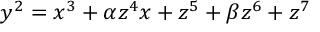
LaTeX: y ^ { 2 } = x ^ { 3 } + \alpha z ^ { 4 } x + z ^ { 5 } + \beta z ^ { 6 } + z ^ { 7 }